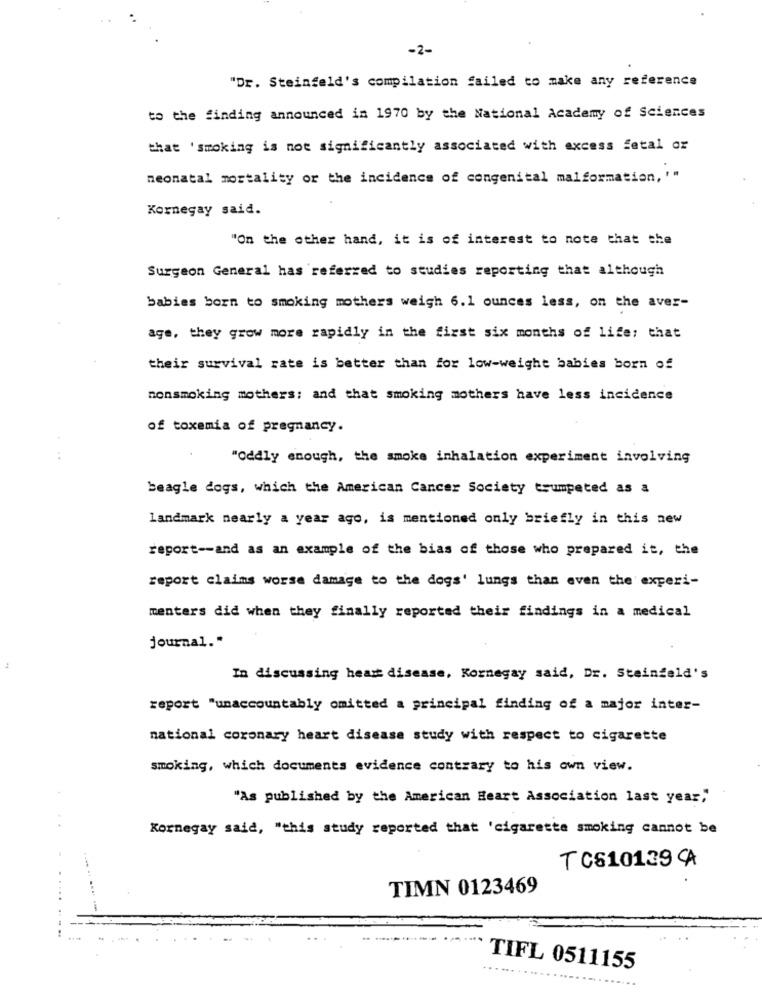
-2-
"Dr. Steinfeld's compilation failed to make any reference
to the finding announced in 1970 by the National Academy of Sciences
that ' smoking is not significantly associated with excess fetal or
neonatal mortality or the incidence of congenital malformation, '"
Kornegay said.
"On the other hand, it is of interest to note that the
Surgeon General has referred to studies reporting that although
babies born to smoking mothers weigh 6.1 ounces less, on the aver-
age, they grow more rapidly in the first six months of life; that
their survival rate is better than for low-weight babies born of
nonsmoking mothers; and that smoking mothers have less incidence
of toxemia of pregnancy.
"Oddly enough, the smoke inhalation experiment involving
beagle dogs, which the American Cancer Society trumpeted as a
landmark nearly a year ago, is mentioned only briefly in this new
report -- and as an example of the bias of those who prepared it, the
report claims worse damage to the dogs' lungs than even the experi-
menters did when they finally reported their findings in a medical
journal."
In discussing heart disease, Kornegay said, Dr. Steinfeld's
report "unaccountably omitted a principal finding of a major inter-
national coronary heart disease study with respect to cigarette
smoking, which documents evidence contrary to his own view.
"As published by the American Heart Association last year""
..
Kornegay said, "this study reported that 'cigarette smoking cannot be
T CS10139 CA
TIMN 0123469
-
TIFL 0511155